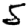
Digit: 5